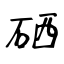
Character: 硒